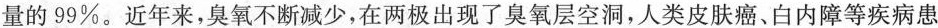
量的99\%。近年来，臭氧不断减少，在两极出现了臭氧层空洞，人类皮肤癌、白内障等疾病患